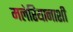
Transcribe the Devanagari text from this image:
मलेरियानाशी